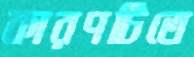
কারণটিতে